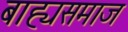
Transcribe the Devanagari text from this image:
बाह्यसमाज